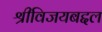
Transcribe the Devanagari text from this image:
श्रीविजयबद्दल